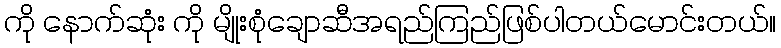
ကို နောက်ဆုံး ကို မျိုးစုံချောဆီအရည်ကြည်ဖြစ်ပါတယ်မောင်းတယ်။